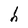
Character: h